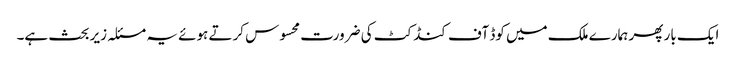
ایک بار پھر ہمارے ملک میں کوڈ آف کنڈکٹ کی ضرورت محسوس کرتے ہوئے یہ مسئلہ زیر بحث ہے۔